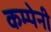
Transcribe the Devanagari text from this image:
कम्पेनी